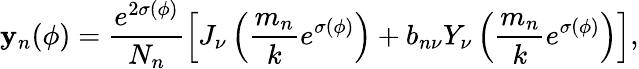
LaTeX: \mathbf{y}_{n}(\phi)=\frac{{e^{2\sigma(\phi)}}}{{N_{n}}}\left[J_{\nu}\left({\frac{{m_{n}}}{{k}}}e^{\sigma(\phi)}\right)+b_{n\nu}Y_{\nu}\left({\frac{{m_{n}}}{{k}}}e^{\sigma(\phi)}\right)\right],